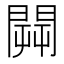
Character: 𨵑